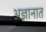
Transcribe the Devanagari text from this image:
अज्ञानात